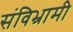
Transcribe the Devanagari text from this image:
संविभ्रामी